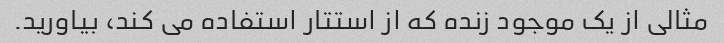
مثالی از یک موجود زنده که از استتار استفاده می کند، بیاورید.